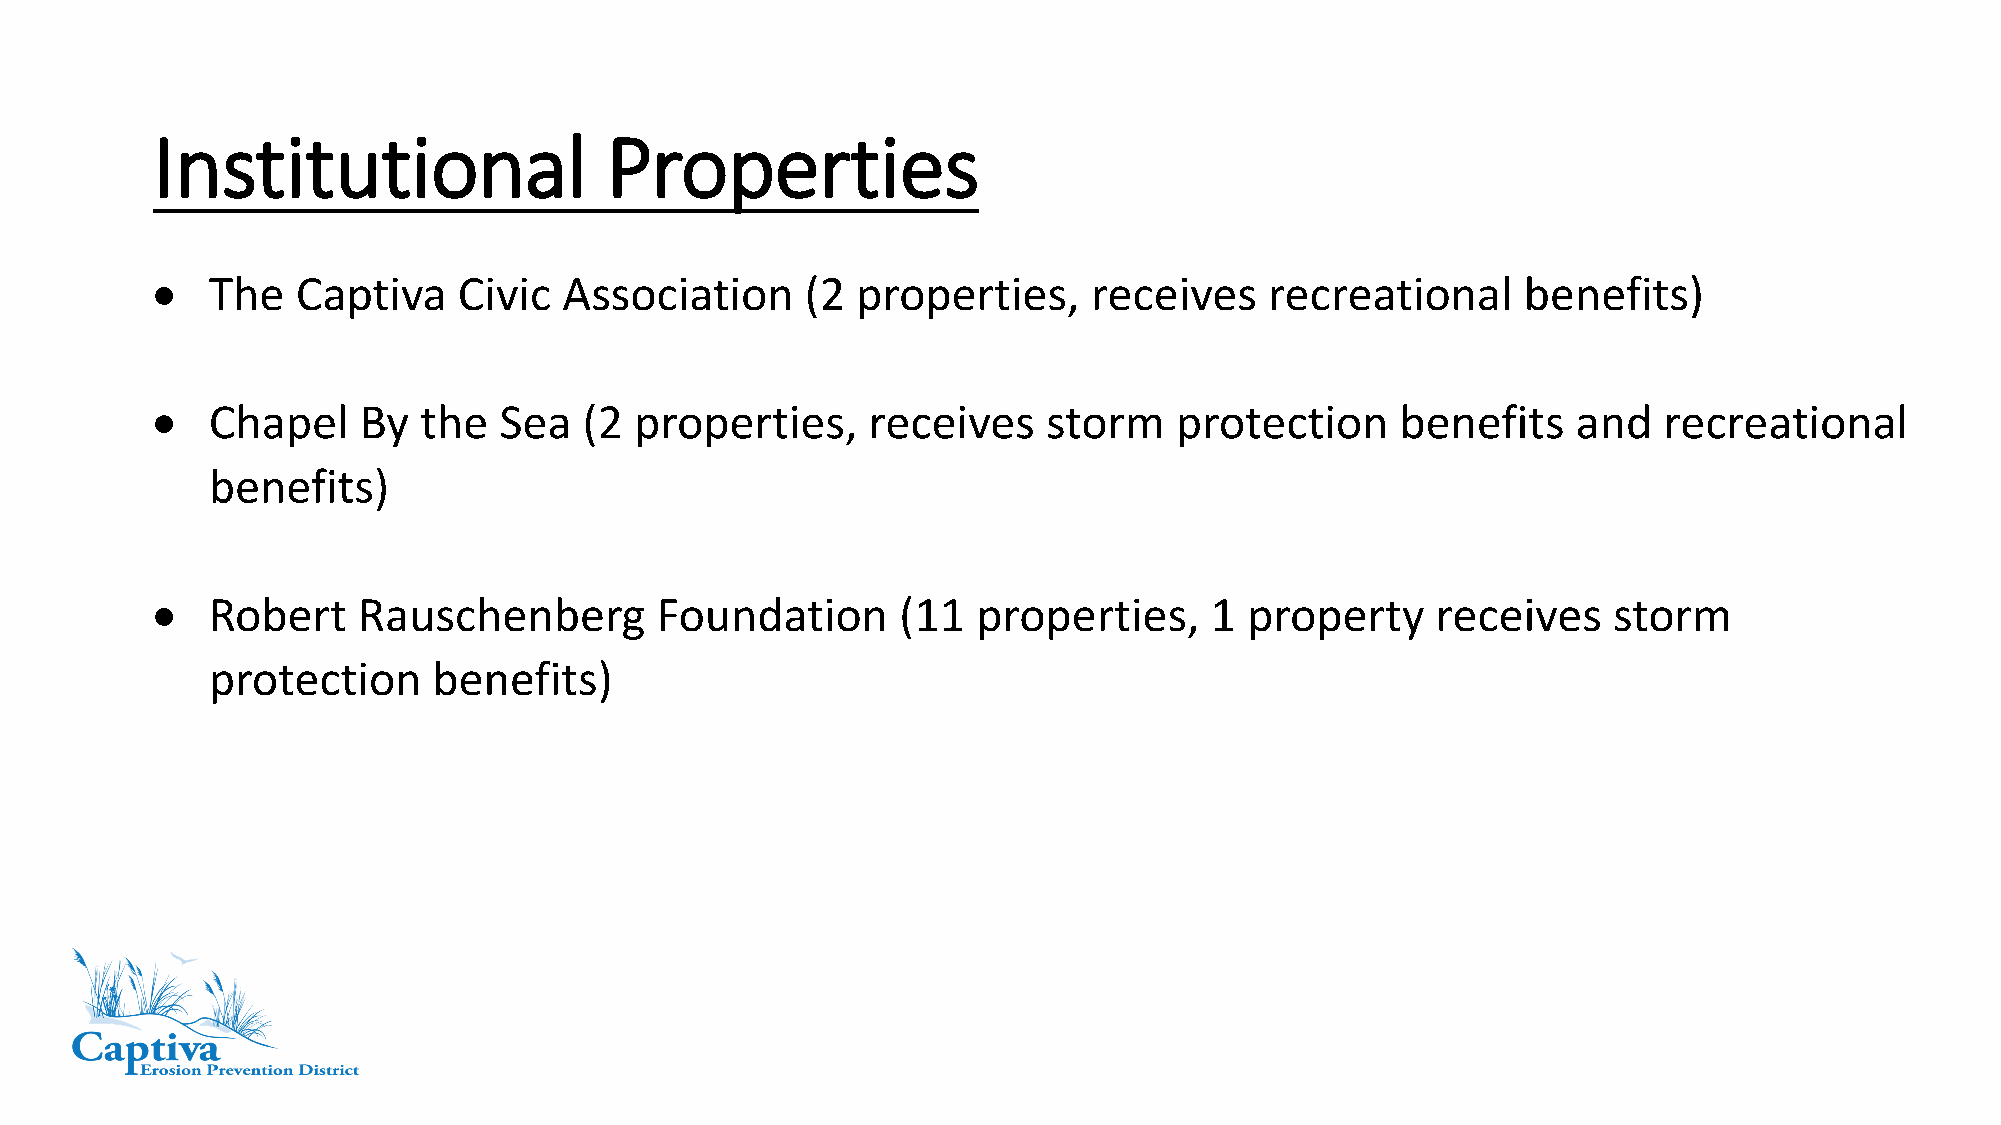
Institutional                 Properties
 •   The   Captiva   Civic  Association     (2  properties,    receives    recreational     benefits)
 •   Chapel    By  the  Sea   (2 properties,    receives    storm    protection     benefits   and   recreational
 benefits)
 •   Robert    Rauschenberg       Foundation       (11  properties,    1  property    receives    storm
 protection     benefits)